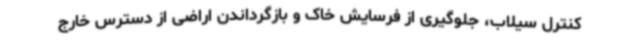
کنترل سیلاب، جلوگیری از فرسایش خاک و بازگرداندن اراضی از دسترس خارج